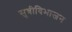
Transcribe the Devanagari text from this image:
सुत्रीविभाजन